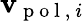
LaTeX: \mathbf{v}_{\mathrm{~p~o~l~,~}i}